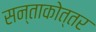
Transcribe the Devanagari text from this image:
सन्ताकोत्तर